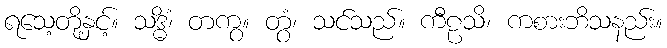
ရသေ့တို့နှင့်။ သဒ္ဓိံ၊ တကွ။ တွံ၊ သင်သည်။ ကီဠသိ၊ ကစားဘိသနည်း။